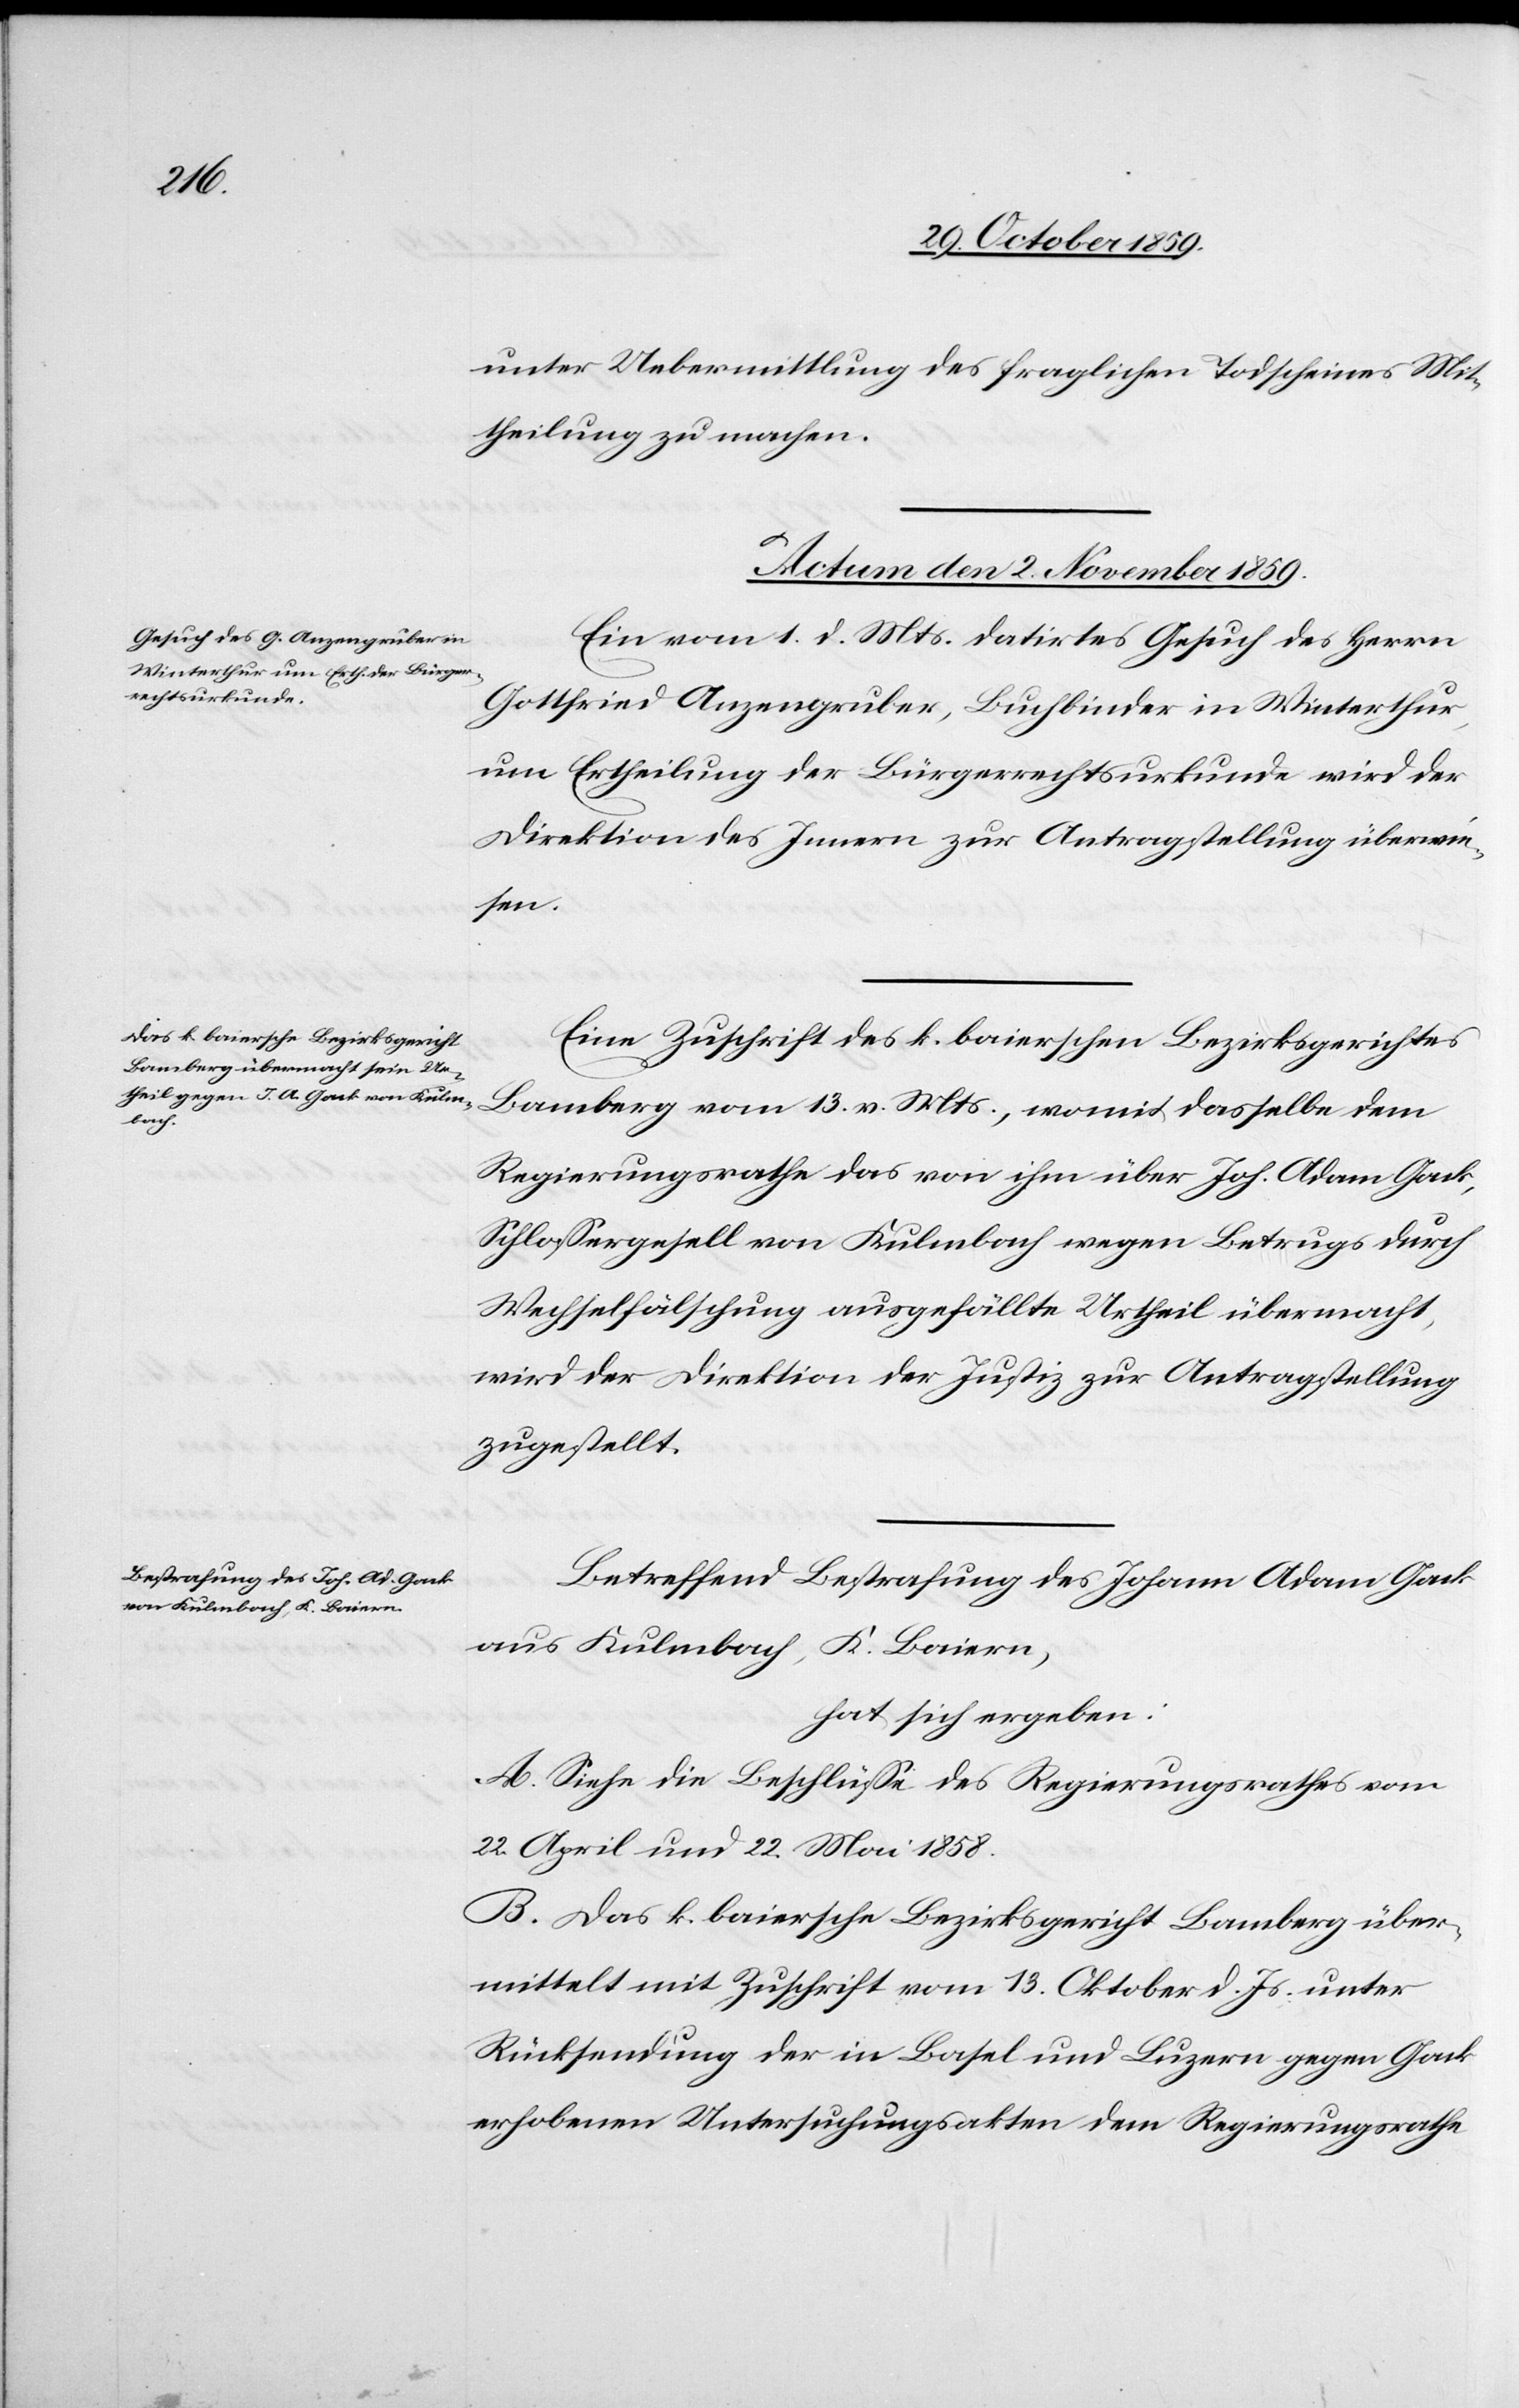
unter Uebermittlung des fraglichen Todscheines Mit¬
theilung zu machen.
Actum den 2. November 1859.]
Ein vom 1. d. Mts. datirtes Gesuch des Herrn
Gottfried Anzengruber, Buchbinder in Winterthur,
um Ertheilung der Bürgerrechtsurkunde wird der
Direktion des Innern zur Antragstellung überwie¬
sen.
Eine Zuschrift des k. baierschen Bezirksgerichtes
Bamberg vom 13. d. Mts., womit dasselbe dem
Regierungsrathe das von ihm über Joh. Adam Gack,
Schlossergesell von Kulmbach wegen Betrugs durch
Wechselfälschung ausgefällte Urtheil übermacht,
wird der Direktion der Justiz zur Antragstellung
Betreffend Bestrafung des Johann Adam Gack
aus Kulmbach, K. Baiern,
hat sich ergeben:
A. Siehe die Beschlüsse des Regierungsrathes vom
22. April und 22. Mai 1858.
B. Das k. baiersche Bezirksgericht Bamberg über¬
mittelt mit Zuschrift vom 13. Oktober d. Js. unter
Rücksendung der in Basel und Luzern gegen Gack
erhobenen Untersuchungsakten dem Regierungsrathe